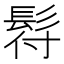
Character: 𩬙